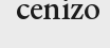
cenizo